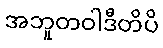
အဘူတဝါဒီတိပိ